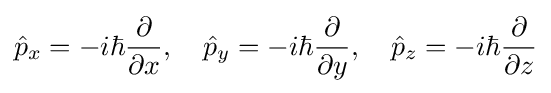
{\hat {p}}_{x}=-i\hbar {\frac {\partial }{\partial x}},\quad {\hat {p}}_{y}=-i\hbar {\frac {\partial }{\partial y}},\quad {\hat {p}}_{z}=-i\hbar {\frac {\partial }{\partial z}}\,\!